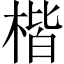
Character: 楷